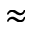
\approx